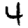
Digit: 4